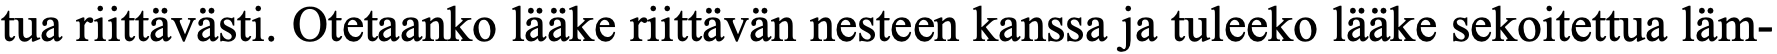
tua riittävästi. Otetaanko lääke riittävän nesteen kanssa ja tuleeko lääke sekoitettua läm-